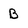
Character: B